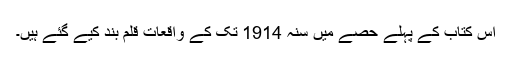
اس کتاب کے پہلے حصے میں سنہ 1914 تک کے واقعات قلم بند کیے گئے ہیں۔